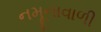
નમૂનાવાળી